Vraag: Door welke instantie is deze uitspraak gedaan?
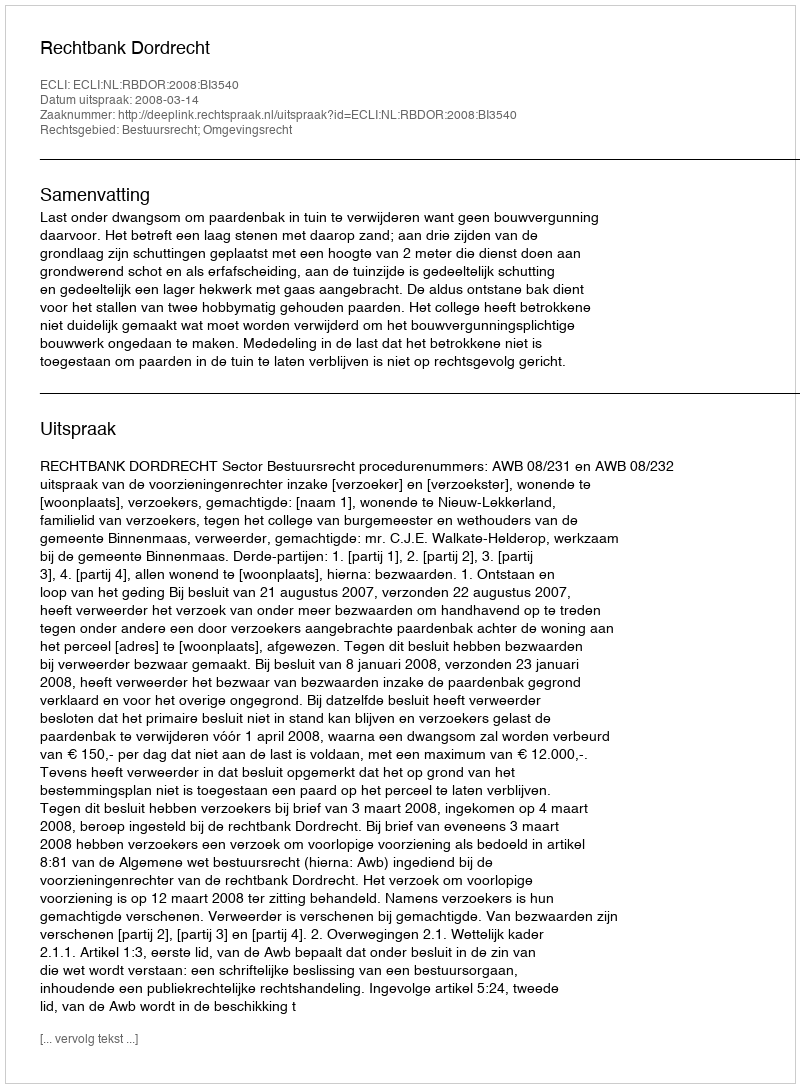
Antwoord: Rechtbank Dordrecht